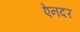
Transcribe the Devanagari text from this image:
ऐनदर